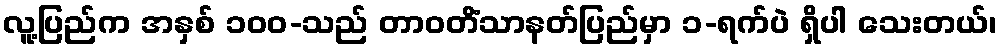
လူ့ပြည်က အနှစ် ၁၀၀-သည် တာဝတိံသာနတ်ပြည်မှာ ၁-ရက်ပဲ ရှိပါ သေးတယ်၊